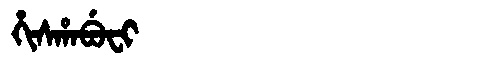
Manchu: ᡥᡳᠰᡥᠠᠪᡠᠸᡳ
Romanization: HISHABUFI